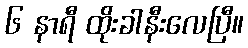
၆ နာရီ ထိုးခါနီးလေပြီ။